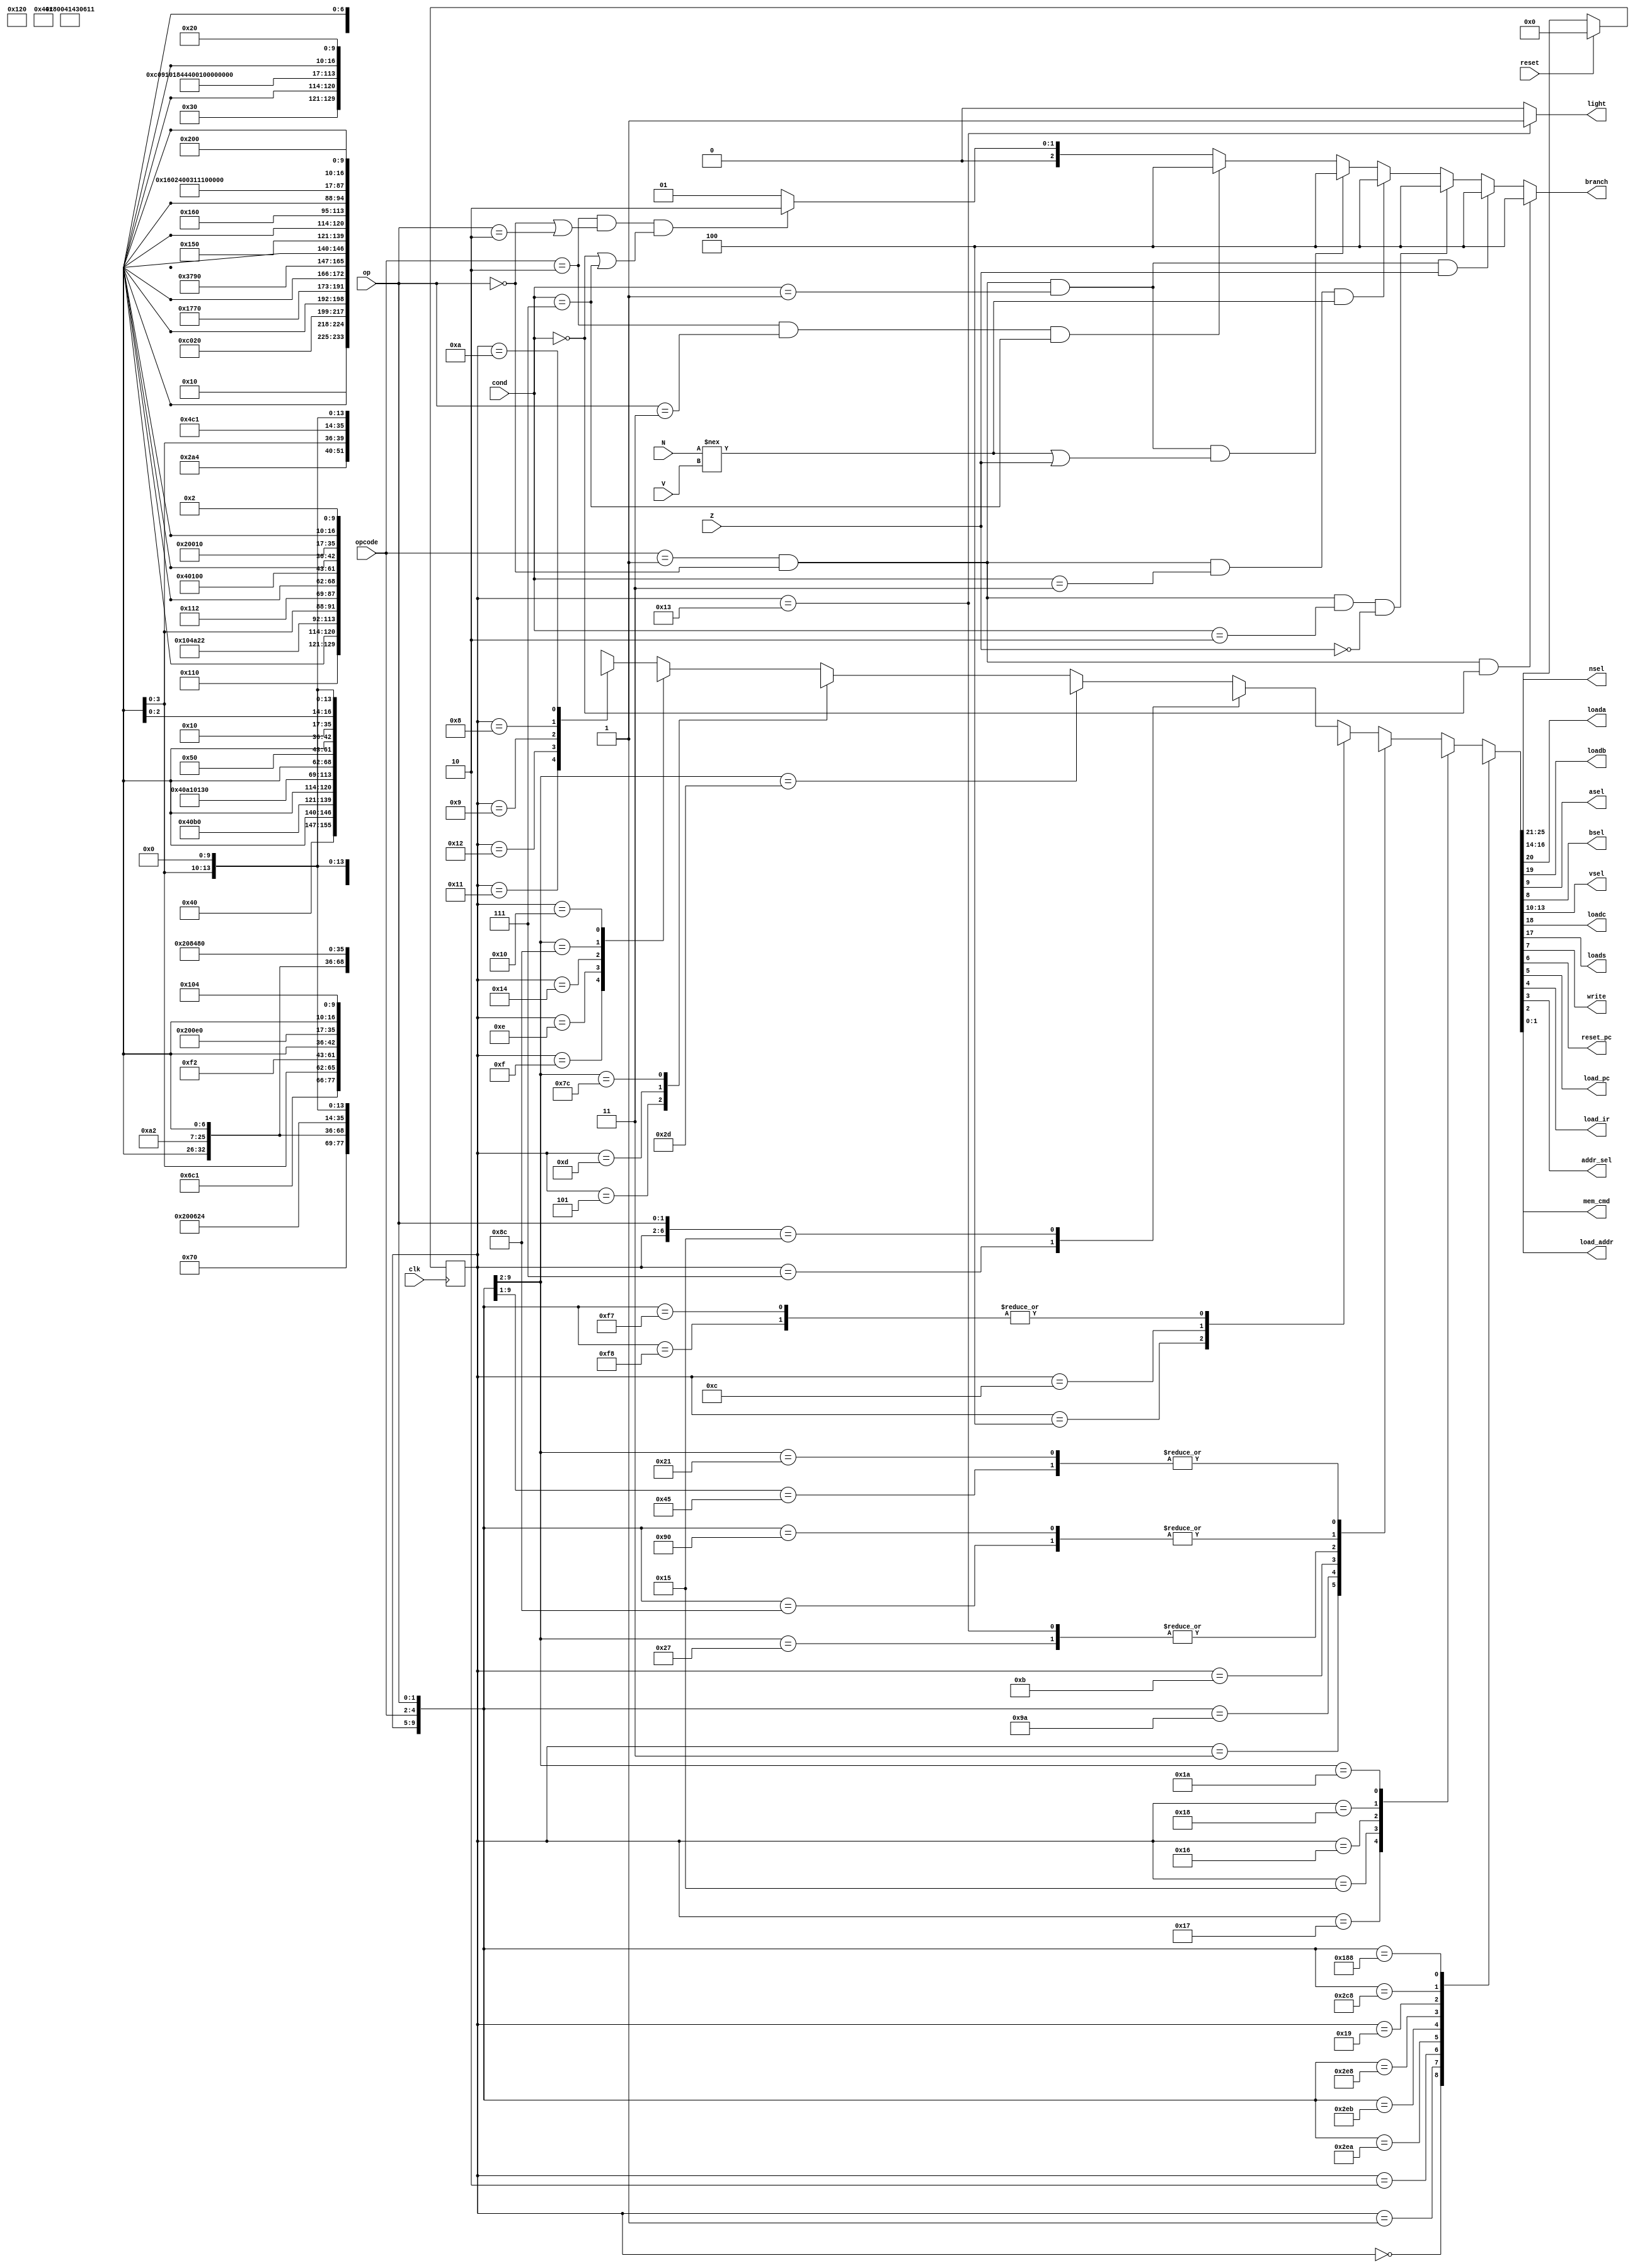
`define RST 5'b00000
`define IF1 5'b00001
`define IF2 5'b00010
`define UpdatePC 5'b00011
`define Decode 5'b00100
`define GetA 5'b00101
`define GetB 5'b00111
`define ADDANDMVN 5'b01000 
`define CMP 5'b01001
`define WriteReg 5'b01010
`define WriteImm 5'b01011
`define GetC 5'b01100
`define LDRSTR 5'b01101
`define GetRd 5'b01110
`define GetData 5'b01111
`define WriteMem 5'b10000
`define SelectAddr 5'b10001
`define WriteRegFromMem 5'b10010
`define Halt 5'b10011
`define LoadC 5'b10100
`define BL 5'b10101
`define GetR7 5'b10110
`define Buffer 5'b10111
`define LoadCandWrite 5'b11000
`define BLX 5'b11001
`define MREAD 2'b11
`define MNONE 2'b00
`define MWRITE 2'b10

module FSM(clk, reset, opcode, op, nsel, loada, loadb, asel, bsel, vsel, loadc, loads, write, reset_pc, load_pc, load_ir, addr_sel, load_addr, mem_cmd, cond, branch, Z, N, V, light);
   input reset, clk, Z, N, V;
   input [2:0] opcode, cond;
   input [1:0] op;
   output reg loada, loadb, loadc, asel, bsel, loads, write, addr_sel, load_pc, reset_pc, load_ir, load_addr, light;
   output reg [1:0] mem_cmd; 
   output reg [2:0] nsel, branch;
   output reg [3:0] vsel;

   reg [4:0] n_state, present_state;
   wire [4:0] r_state; 

   always @(posedge clk)
       present_state <= r_state;

   assign r_state = reset ? `RST : n_state;


    always @(*) begin

      if (opcode == 3'b001 & op == 2'b00 & cond == 3'b000)
         branch = 3'b100;
      else if (opcode == 3'b001 & op == 2'b00 & cond == 3'b001 & Z== 1'b1)
         branch = 3'b100;
      else if (opcode == 3'b001 & op == 2'b00 & cond == 3'b010 & Z == 1'b0) 
         branch = 3'b100;
      else if (opcode == 3'b001 & op == 2'b00 & cond == 3'b011 & N !== V)
         branch = 3'b100;
      else if (opcode == 3'b001 & op == 2'b00 & cond == 3'b001 & (N !== V | Z == 1'b1))
         branch = 3'b100;
      else if (opcode == 3'b010 & op == 2'b11 & cond == 3'b111)
         branch = 3'b100;
      else if (opcode == 3'b010 & (op == 2'b00 | op == 2'b10) & (cond == 3'b000 | cond == 3'b111))
         branch = 3'b010;    
      else
         branch = 3'b001;
      

      if (present_state == `Halt)
         light = 1'b1;
      else 
         light = 1'b0;

       casex({present_state, reset, opcode, op})
          {`RST,6'bxxxxxx}: {n_state, loada, loadb, loadc, loads, nsel, vsel, asel, bsel, write, reset_pc, load_pc, load_ir, addr_sel, load_addr, mem_cmd} = {`IF1, 19'b0_0_0_0_xxx_xxxx_0_0_0_1_1_0_0_0,`MNONE};
          {`IF1,6'bxxxxxx}: {n_state, loada, loadb, loadc, loads, nsel, vsel, asel, bsel, write, reset_pc, load_pc, load_ir, addr_sel, load_addr, mem_cmd} = {`IF2, 19'b0_0_0_0_xxx_xxxx_0_0_0_0_0_0_1_0,`MREAD};
          {`IF2,6'bxxxxxx}: {n_state, loada, loadb, loadc, loads, nsel, vsel, asel, bsel, write, reset_pc, load_pc, load_ir, addr_sel, load_addr, mem_cmd} = {`Buffer,19'b0_0_0_0_xxx_xxxx_0_0_0_0_0_1_1_0,`MREAD};
          {`Buffer,6'bx01010}: {n_state, loada, loadb, loadc, loads, nsel, vsel, asel, bsel, write, reset_pc, load_pc, load_ir, addr_sel, load_addr, mem_cmd} = {`BLX,19'b0_0_0_0_xxx_xxxx_0_0_0_0_0_0_0_0,`MNONE};
          {`Buffer,6'bx01011}: {n_state, loada, loadb, loadc, loads, nsel, vsel, asel, bsel, write, reset_pc, load_pc, load_ir, addr_sel, load_addr, mem_cmd} = {`BL,19'b0_0_0_0_xxx_xxxx_0_0_0_0_0_0_0_0,`MNONE};
          {`Buffer,6'bx01000}: {n_state, loada, loadb, loadc, loads, nsel, vsel, asel, bsel, write, reset_pc, load_pc, load_ir, addr_sel, load_addr, mem_cmd} = {`GetR7,19'b0_0_0_0_xxx_xxxx_0_0_0_0_0_0_0_0,`MNONE};
          {`BLX,6'bxxxxxx}: {n_state, loada, loadb, loadc, loads, nsel, vsel, asel, bsel, write, reset_pc, load_pc, load_ir, addr_sel, load_addr, mem_cmd} = {`GetR7,19'b0_0_0_0_001_0010_0_0_0_0_0_0_0_0,`MNONE};
          {`GetR7,6'bx01000}: {n_state, loada, loadb, loadc, loads, nsel, vsel, asel, bsel, write, reset_pc, load_pc, load_ir, addr_sel, load_addr, mem_cmd} = {`GetC,19'b0_1_0_0_010_0010_0_0_0_0_0_0_0_0,`MNONE};
          {`GetC,6'bx01000}: {n_state, loada, loadb, loadc, loads, nsel, vsel, asel, bsel, write, reset_pc, load_pc, load_ir, addr_sel, load_addr, mem_cmd} = {`UpdatePC,19'b0_0_1_0_xxx_xxxx_1_0_0_0_0_0_0_0,`MNONE};
          {`Buffer,6'bxxxxxx}: {n_state, loada, loadb, loadc, loads, nsel, vsel, asel, bsel, write, reset_pc, load_pc, load_ir, addr_sel, load_addr, mem_cmd} = {`UpdatePC, 19'b0_0_0_0_xxx_xxxx_0_0_0_0_0_0_0_0,`MNONE};
          {`BL,6'bxxxxxx}: {n_state, loada, loadb, loadc, loads, nsel, vsel, asel, bsel, write, reset_pc, load_pc, load_ir, addr_sel, load_addr, mem_cmd} = {`UpdatePC,19'b0_0_0_0_001_0010_0_0_1_0_0_0_0_0,`MNONE};
          {`GetR7,6'bxxxxxx}: {n_state, loada, loadb, loadc, loads, nsel, vsel, asel, bsel, write, reset_pc, load_pc, load_ir, addr_sel, load_addr, mem_cmd} = {`LoadCandWrite,19'b0_1_0_0_010_0010_0_0_0_0_0_0_0_0,`MNONE};
          {`LoadCandWrite,6'bxxxxxx}: {n_state, loada, loadb, loadc, loads, nsel, vsel, asel, bsel, write, reset_pc, load_pc, load_ir, addr_sel, load_addr, mem_cmd} = {`UpdatePC,19'b0_0_1_0_001_0010_1_0_1_0_0_0_0_0,`MNONE};
          {`UpdatePC,6'bx010xx}: {n_state, loada, loadb, loadc, loads, nsel, vsel, asel, bsel, write, reset_pc, load_pc, load_ir, addr_sel, load_addr, mem_cmd} = {`IF1,19'b0_0_0_0_xxx_xxxx_0_0_0_0_1_0_0_0,`MNONE};
          {`UpdatePC,6'bxxxxxx}: {n_state, loada, loadb, loadc, loads, nsel, vsel, asel, bsel, write, reset_pc, load_pc, load_ir, addr_sel, load_addr, mem_cmd} = {`Decode, 19'b0_0_0_0_xxx_xxxx_0_0_0_0_1_0_0_0,`MNONE};
          {`Decode,6'bx11010}: {n_state, loada, loadb, loadc, loads, nsel, vsel, asel, bsel, write, reset_pc, load_pc, load_ir, addr_sel, load_addr, mem_cmd} = {`WriteImm, 19'b0_0_0_0_xxx_xxxx_0_0_0_0_0_0_0_0,`MNONE}; 
          {`WriteImm,6'bxxxxxx}: {n_state, loada, loadb, loadc, loads, nsel, vsel, asel, bsel, write, reset_pc, load_pc, load_ir, addr_sel, load_addr, mem_cmd} = {`IF1, 19'b0_0_0_0_001_0100_0_0_1_0_0_0_0_0,`MNONE};
          {`Decode,6'bx111xx}: {n_state, loada, loadb, loadc, loads, nsel, vsel, asel, bsel, write, reset_pc, load_pc, load_ir, addr_sel, load_addr, mem_cmd} = {`Halt,19'b0_0_0_0_xxx_xxxx_0_0_0_0_0_0_0_0,`MNONE};
          {`Halt,6'bxxxxxx}: {n_state, loada, loadb, loadc, loads, nsel, vsel, asel, bsel, write, reset_pc, load_pc, load_ir, addr_sel, load_addr, mem_cmd} = {`Halt,19'b0_0_0_0_xxx_xxxx_0_0_0_0_0_0_0_0,`MNONE};
          {`Decode,6'bx01100}: {n_state, loada, loadb, loadc, loads, nsel, vsel, asel, bsel, write, reset_pc, load_pc, load_ir, addr_sel, load_addr, mem_cmd} = {`GetA,19'b0_0_0_0_xxx_xxxx_0_0_0_0_0_0_0_0,`MNONE};
          {`Decode,6'bx10000}: {n_state, loada, loadb, loadc, loads, nsel, vsel, asel, bsel, write, reset_pc, load_pc, load_ir, addr_sel, load_addr, mem_cmd} = {`GetA,19'b0_0_0_0_xxx_xxxx_0_0_0_0_0_0_0_0,`MNONE};
          {`Decode,6'bx0101x}: {n_state, loada, loadb, loadc, loads, nsel, vsel, asel, bsel, write, reset_pc, load_pc, load_ir, addr_sel, load_addr, mem_cmd} = {`IF1,19'b0_0_0_0_xxx_xxxx_0_0_0_0_0_0_0_0,`MNONE};
          {`Decode,6'bx001xx}: {n_state, loada, loadb, loadc, loads, nsel, vsel, asel, bsel, write, reset_pc, load_pc, load_ir, addr_sel, load_addr, mem_cmd} = {`IF1,19'b0_0_0_0_xxx_xxxx_0_0_0_0_0_0_0_0,`MNONE};
          {`Decode,6'bxxxxxx}: {n_state, loada, loadb, loadc, loads, nsel, vsel, asel, bsel, write, reset_pc, load_pc, load_ir, addr_sel, load_addr, mem_cmd} = {`GetB,19'b0_0_0_0_xxx_xxxx_0_0_0_0_0_0_0_0,`MNONE};
          {`GetB,6'bx11000}: {n_state, loada, loadb, loadc, loads, nsel, vsel, asel, bsel, write, reset_pc, load_pc, load_ir, addr_sel, load_addr, mem_cmd} = {`GetC,19'b0_1_0_0_100_xxxx_0_0_0_0_0_0_0_0,`MNONE};
          {`GetC,6'bxxxxxx}: {n_state, loada, loadb, loadc, loads, nsel, vsel, asel, bsel, write, reset_pc, load_pc, load_ir, addr_sel, load_addr, mem_cmd} = {`WriteReg,19'b0_0_1_0_xxx_xxxx_1_0_0_0_0_0_0_0,`MNONE};
          {`GetB,6'bx10111}: {n_state, loada, loadb, loadc, loads, nsel, vsel, asel, bsel, write, reset_pc, load_pc, load_ir, addr_sel, load_addr, mem_cmd} = {`GetC,19'b0_1_0_0_100_xxxx_0_0_0_0_0_0_0_0,`MNONE};
          {`GetB,6'bxxxxxx}: {n_state, loada, loadb, loadc, loads, nsel, vsel, asel, bsel, write, reset_pc, load_pc, load_ir, addr_sel, load_addr, mem_cmd} = {`GetA,19'b0_1_0_0_100_xxxx_0_0_0_0_0_0_0_0,`MNONE};
          {`GetA,6'bxxxx01}: {n_state, loada, loadb, loadc, loads, nsel, vsel, asel, bsel, write, reset_pc, load_pc, load_ir, addr_sel, load_addr, mem_cmd} = {`CMP,19'b1_0_0_0_001_xxxx_0_0_0_0_0_0_0_0,`MNONE};
          {`GetA,6'bx101xx}: {n_state, loada, loadb, loadc, loads, nsel, vsel, asel, bsel, write, reset_pc, load_pc, load_ir, addr_sel, load_addr, mem_cmd} = {`ADDANDMVN,19'b1_0_0_0_001_xxxx_0_0_0_0_0_0_0_0,`MNONE};
          {`GetA,6'bxxxxxx}: {n_state, loada, loadb, loadc, loads, nsel, vsel, asel, bsel, write, reset_pc, load_pc, load_ir, addr_sel, load_addr, mem_cmd} = {`LDRSTR,19'b1_0_0_0_001_xxxx_0_0_0_0_0_0_0_0,`MNONE};
          {`LDRSTR,6'bxxxxxx}: {n_state, loada, loadb, loadc, loads, nsel, vsel, asel, bsel, write, reset_pc, load_pc, load_ir, addr_sel, load_addr, mem_cmd} = {`GetData,19'b0_0_1_0_xxx_xxxx_0_1_0_0_0_0_0_0,`MNONE};
          {`GetData,6'bx100xx}: {n_state, loada, loadb, loadc, loads, nsel, vsel, asel, bsel, write, reset_pc, load_pc, load_ir, addr_sel, load_addr, mem_cmd} = {`GetRd,19'b0_0_0_0_xxx_xxxx_0_1_0_0_0_0_0_1,`MNONE};
          {`GetData,6'bxxxxxx}: {n_state, loada, loadb, loadc, loads, nsel, vsel, asel, bsel, write, reset_pc, load_pc, load_ir, addr_sel, load_addr, mem_cmd} = {`SelectAddr,19'b0_0_0_0_xxx_xxxx_0_1_0_0_0_0_0_1,`MNONE};
          {`GetRd,6'bxxxxxx}: {n_state, loada, loadb, loadc, loads, nsel, vsel, asel, bsel, write, reset_pc, load_pc, load_ir, addr_sel, load_addr, mem_cmd} = {`LoadC,19'b0_1_0_0_010_xxxx_0_0_0_0_0_0_0_0,`MNONE};
          {`LoadC,6'bxxxxxx}: {n_state, loada, loadb, loadc, loads, nsel, vsel, asel, bsel, write, reset_pc, load_pc, load_ir, addr_sel, load_addr, mem_cmd} = {`SelectAddr,19'b0_0_1_0_xxx_xxxx_1_0_0_0_0_0_0_0,`MNONE};
	  {`SelectAddr,6'bx100xx}: {n_state, loada, loadb, loadc, loads, nsel, vsel, asel, bsel, write, reset_pc, load_pc, load_ir, addr_sel, load_addr, mem_cmd} = {`WriteMem,19'b0_0_0_0_xxx_xxxx_0_1_0_0_0_0_0_0,`MNONE};
          {`WriteMem,6'bxxxxxx}: {n_state, loada, loadb, loadc, loads, nsel, vsel, asel, bsel, write, reset_pc, load_pc, load_ir, addr_sel, load_addr, mem_cmd} = {`IF1,19'b0_0_0_0_xxx_xxxx_0_0_0_0_0_0_0_0,`MWRITE};
          {`SelectAddr,6'bxxxxxx}: {n_state, loada, loadb, loadc, loads, nsel, vsel, asel, bsel, write, reset_pc, load_pc, load_ir, addr_sel, load_addr, mem_cmd} = {`WriteRegFromMem,19'b0_0_0_0_xxx_xxxx_0_1_0_0_0_0_0_0,`MNONE};
          {`WriteRegFromMem,6'bxxxxxx}: {n_state, loada, loadb, loadc, loads, nsel, vsel, asel, bsel, write, reset_pc, load_pc, load_ir, addr_sel, load_addr, mem_cmd} = {`IF1,19'b0_0_0_0_010_1000_0_1_1_0_0_0_0_0,`MREAD};
          {`CMP,6'bxxxxxx}: {n_state, loada, loadb, loadc, loads, nsel, vsel, asel, bsel, write, reset_pc, load_pc, load_ir, addr_sel, load_addr, mem_cmd} = {`IF1, 19'b0_0_0_1_xxx_xxxx_0_0_0_0_0_0_0_0,`MNONE};
          {`ADDANDMVN,6'bxxxxxx}: {n_state, loada, loadb, loadc, loads, nsel, vsel, asel, bsel, write, reset_pc, load_pc, load_ir, addr_sel, load_addr, mem_cmd} = {`WriteReg, 19'b0_0_1_0_xxx_xxxx_0_0_0_0_0_0_0_0,`MNONE};
          {`WriteReg,6'bxxxxxx} : {n_state, loada, loadb, loadc, loads, nsel, vsel, asel, bsel, write, reset_pc, load_pc, load_ir, addr_sel, load_addr, mem_cmd} = {`IF1, 19'b0_0_0_0_010_0001_0_0_1_0_0_0_0_0,`MNONE};
          default: {n_state, loada, loadb, loadc, loads, nsel, vsel, asel, bsel, write, reset_pc, load_pc, load_ir, addr_sel, load_addr, mem_cmd} = {26'bxxxxx_x_x_x_x_xxx_xxxx_x_x_x_x_x_x_x_x_xx}; 
        endcase
     end
endmodule